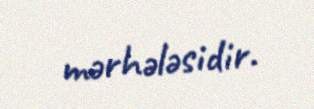
mərhələsidir.